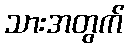
သားအတွက်